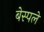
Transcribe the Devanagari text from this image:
बेस्पले